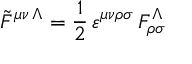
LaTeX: { \tilde { F } } ^ { \mu \nu \, \Lambda } = { \frac { 1 } { 2 } } \, \varepsilon ^ { \mu \nu \rho \sigma } \, F _ { \rho \sigma } ^ { \Lambda }